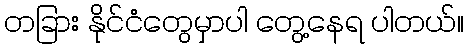
တခြား နိုင်ငံတွေမှာပါ တွေ့နေရ ပါတယ်။